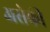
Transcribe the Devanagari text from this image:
असेकी